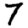
Digit: 7